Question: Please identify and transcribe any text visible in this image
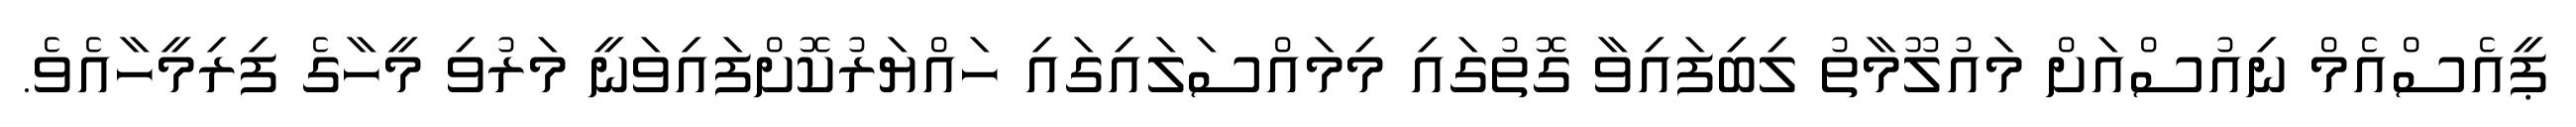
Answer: ޕީއެސްއެމް ނިއުސްއަށް މައުލޫމާތު ލިބިފައިވާ ގޮތުގައި މިމައްސަލައިގައި ހައްޔަރުކޮށްފައިވަނީ މަރުވި މީހާގެ ފިރިމީހާއެވެ.